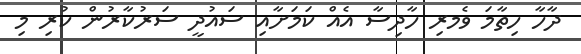
ދާހާ ހިތާމަ ވެމރި ހާދިސާ އެއް ކަމަށާއި ސައުދީ ސަރުކާރުން ކުރި މި